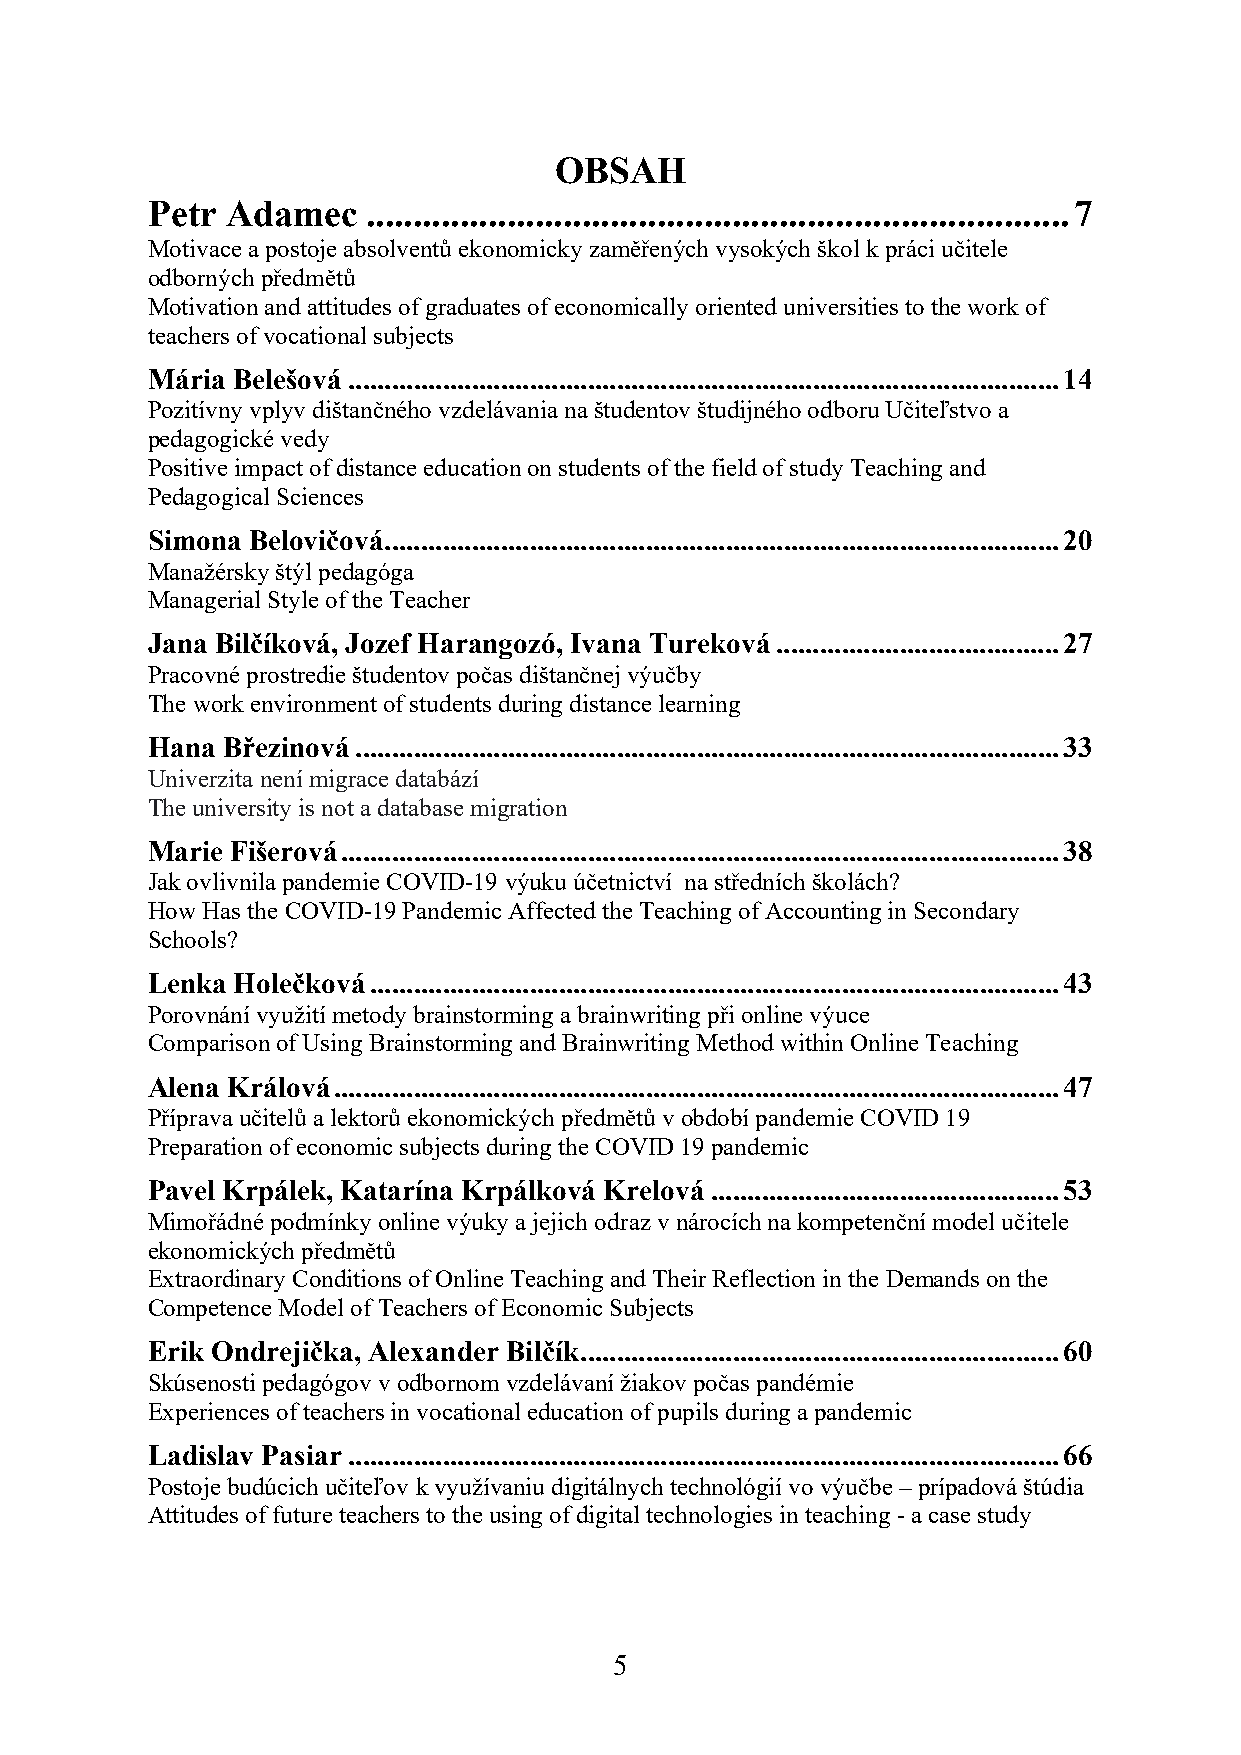
OBSAH
 Petr Adamec   ........................................................................... 7
 Motivace a postoje absolventů ekonomicky zaměřených vysokých škol k práci učitele
 odborných předmětů
 Motivation and attitudes of graduates of economically oriented universities to the work of
 teachers of vocational subjects
 Mária Belešová .................................................................................................. 14
 Pozitívny vplyv dištančného vzdelávania na študentov študijného odboru Učiteľstvo a
 pedagogické vedy
 Positive impact of distance education on students of the field of study Teaching and
 Pedagogical Sciences
 Simona Belovičová ............................................................................................. 20
 Manažérsky štýl pedagóga
 Managerial Style of the Teacher
 Jana Bilčíková, Jozef Harangozó, Ivana Tureková ....................................... 27
 Pracovné prostredie študentov počas dištančnej výučby
 The work environment of students during distance learning
 Hana Březinová ................................................................................................. 33
 Univerzita není migrace databází
 The university is not a database migration
 Marie Fišerová ................................................................................................... 38
 Jak ovlivnila pandemie COVID-19 výuku účetnictví na středních školách?
 How Has the COVID-19 Pandemic Affected the Teaching of Accounting in Secondary
 Schools?
 Lenka Holečková ............................................................................................... 43
 Porovnání využití metody brainstorming a brainwriting při online výuce
 Comparison of Using Brainstorming and Brainwriting Method within Online Teaching
 Alena Králová .................................................................................................... 47
 Příprava učitelů a lektorů ekonomických předmětů v období pandemie COVID 19
 Preparation of economic subjects during the COVID 19 pandemic
 Pavel Krpálek, Katarína Krpálková Krelová ................................................ 53
 Mimořádné podmínky online výuky a jejich odraz v nárocích na kompetenční model učitele
 ekonomických předmětů
 Extraordinary Conditions of Online Teaching and Their Reflection in the Demands on the
 Competence Model of Teachers of Economic Subjects
 Erik Ondrejička, Alexander Bilčík .................................................................. 60
 Skúsenosti pedagógov v odbornom vzdelávaní žiakov počas pandémie
 Experiences of teachers in vocational education of pupils during a pandemic
 Ladislav Pasiar .................................................................................................. 66
 Postoje budúcich učiteľov k využívaniu digitálnych technológií vo výučbe – prípadová štúdia
 Attitudes of future teachers to the using of digital technologies in teaching - a case study
 5